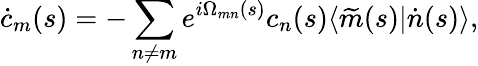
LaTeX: \dot{c}_{m}(s)=-\sum_{n\neq m}e^{i\Omega_{mn}(s)}c_{n}(s)\langle\widetilde{m}(s)|\dot{n}(s)\rangle,